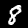
Label: 8